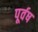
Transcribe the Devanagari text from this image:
पूर्वष